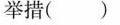
举措()